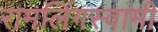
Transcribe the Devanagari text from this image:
रामलिंगस्वामी